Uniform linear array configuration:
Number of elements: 32
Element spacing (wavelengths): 0.75
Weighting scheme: cosine
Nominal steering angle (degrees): -15
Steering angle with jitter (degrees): -14.495
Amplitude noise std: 0.05
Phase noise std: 0.05

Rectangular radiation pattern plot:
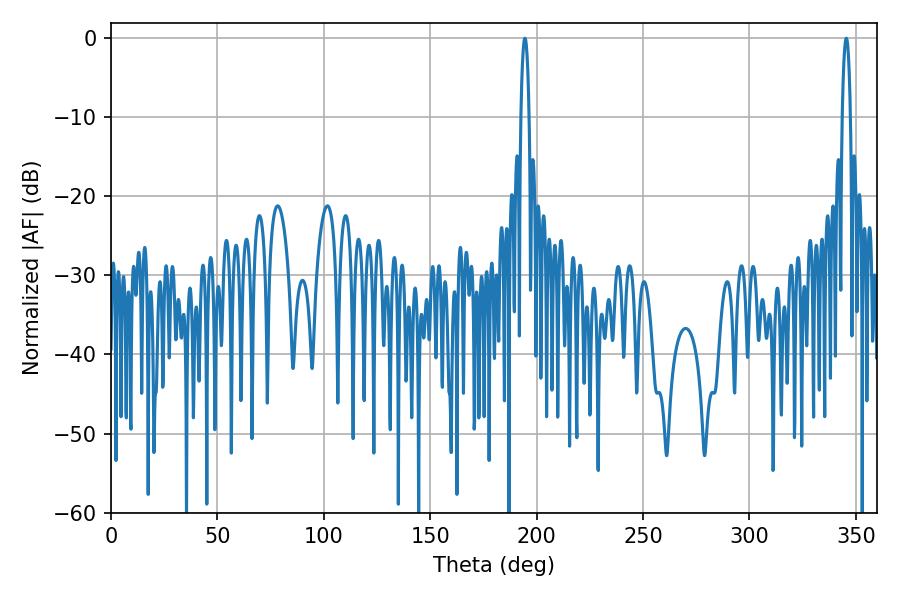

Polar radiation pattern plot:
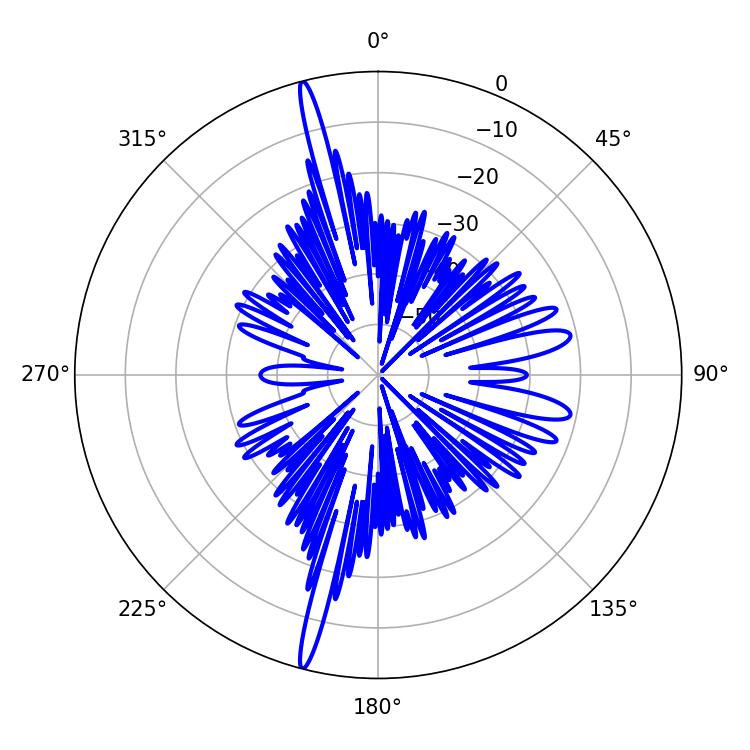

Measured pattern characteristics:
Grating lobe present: TRUE
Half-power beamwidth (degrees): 1.98
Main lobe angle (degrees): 345.42